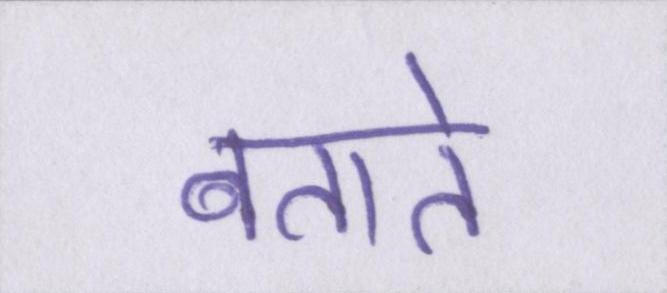
बताते